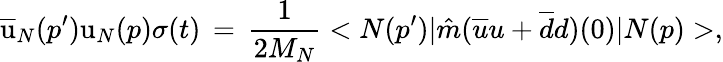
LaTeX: {\overline{{{\mathrm{u}}}}}_{N}(p^{\prime}){\mathrm{u}}_{N}(p)\sigma(t)\, =\, \frac{1}{2M_{N}}<N(p^{\prime})\vert{\hat{m}}({\overline{{u}}}u+{\overline{{d}}}d)(0)\vert N(p)>,